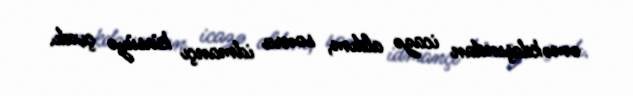
əməkdaşından icazə aldım, sonra idmançı kürsüyə çıxdı.